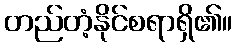
တည်တံ့နိုင်စရာရှိ၏။